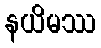
နယိမဿ